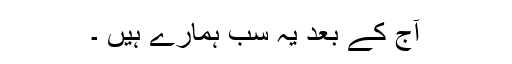
آج کے بعد یہ سب ہمارے ہیں ۔